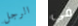
الرجل في